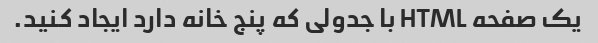
یک صفحه HTML با جدولی که پنج خانه دارد ایجاد کنید.